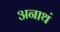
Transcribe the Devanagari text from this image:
अनाथं